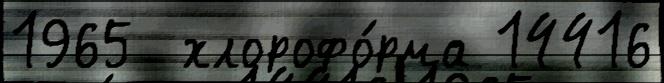
1965  хлорофо́рма 14416